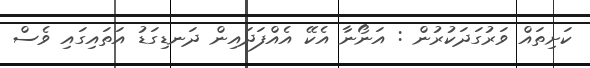
ކަށިތައް ވަރުގަދަކުރުން : އަނޯނާ އެކޭ އެއްފަދައިން ދަނޑިގަޑު އަތައިގައި ވެސް